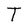
Character: T